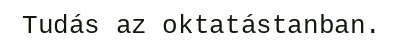
Tudás az oktatástanban.